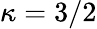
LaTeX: \kappa=3/2